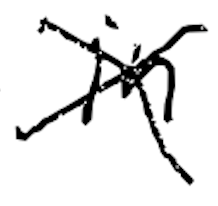
Text: in
Cross-out: mix
Writing tool: digital_black